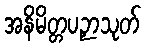
အနိမိတ္တပဉှာသုတ်